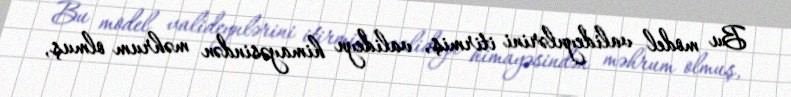
Bu model valideynlərini itirmiş, valideyn himayəsindən məhrum olmuş,